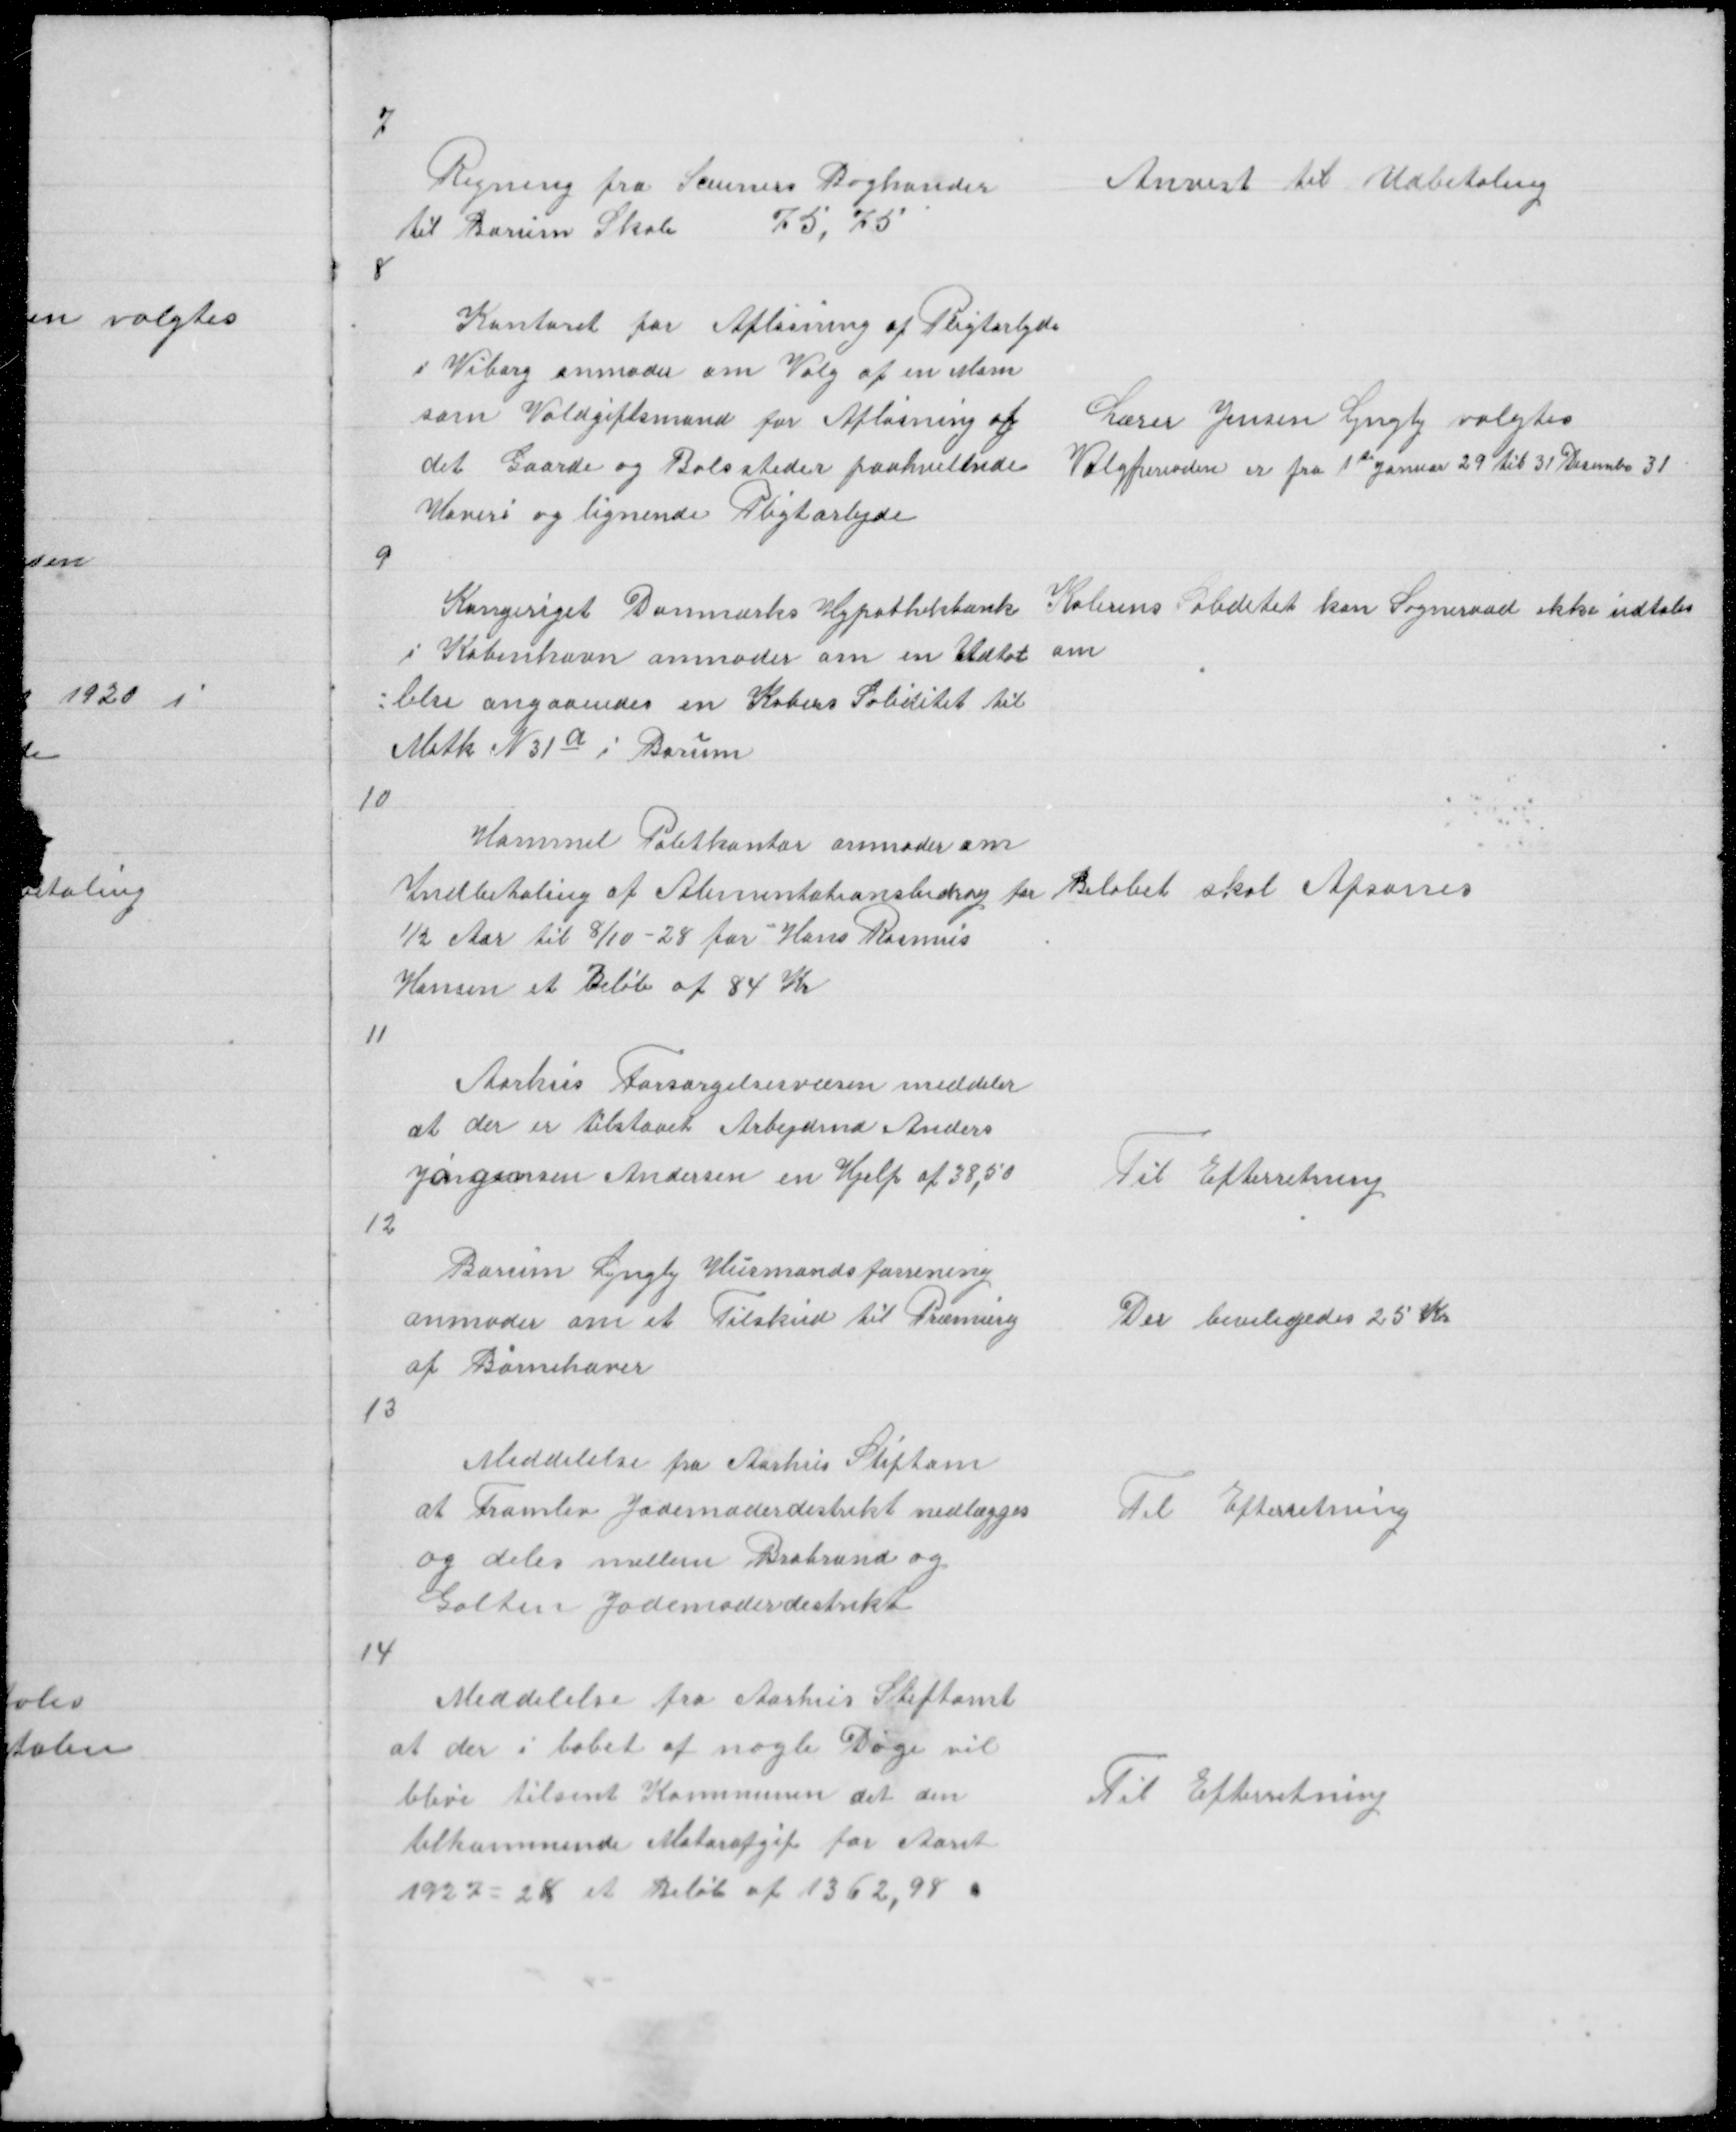
Transskription:
7

Regning fra Sceuners Boghander
til Borum Skole
75,75

Anvist til Udbetaling

8

Kontoret for Afløsning af Pligtarbejde
i Viborg anmoder om Valg af en Mam
som Voldgiftsmand for Afløsning af
det Gaarde og Bolssteder paahvillsede
Hoveri og lignende Pligtarbejde

Lærer Jensen Lyngby valgtes
Valgperioden er fra 1 te Januar 29 til 31 December 31

9

Kongeriget Danmarks Hypothekbank
i København anmoder om en Udtalel =
= lelse angaaendes en Købers Soliditet til
Matk N 31a i Borum

Købrens Soliditet kan Sogneraadet ikke udtales
om

10

Hammel Politikontor anmoder om
Indbetaling af Alimentationsbidrag for
½ Aar til 8/10 - 28 for Hans Rasmus
Hansen et Beløb af 84 Kr

Beløbet skal Afsones

11

Aarhus Forsørgelsesvæsen meddeler
at der er tilstaaet Arbejdmd Anders
Jørgensen Andersen en Hjelp af 38,50

Til Efterretning

12

Borum Lyngby Husmandsforrening
anmoder om et Tilskud til Præmierg
af Børnehaver

Der beviligedes 25 Kr

13

Meddelelse fra Aarhus Stigtam
at Framlev Jodemoderdistrikt nedlægges
og deles mellem Brabrand
Galten Jodemoderdistrikt

Til Efterretning

14

Meddelelse fra Aarhus Stiftamt
at der i løbet af nogle Dage vil
blive tilsent Kommunen det den
tilkommende Motorafgift for Aaret
1927 = 28 et Beløb af 1362,98

Til Efterretning